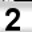
Digit: 2